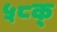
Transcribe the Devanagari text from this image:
५८क्